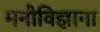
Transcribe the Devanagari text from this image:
मनोविज्ञाना